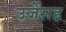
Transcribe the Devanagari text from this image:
उर्जेसह